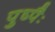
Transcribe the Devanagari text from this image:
पुष्पैः